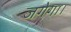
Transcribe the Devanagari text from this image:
जगेगा।